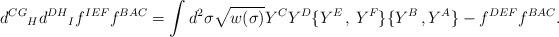
LaTeX: \begin{align*}{d^{CG}}_{H}{d^{DH}}_{I}f^{IEF}f^{BAC}=\int d^{2}\sigma\sqrt{w(\sigma)}Y^{C}Y^{D} \{Y^{E}\,,\,Y^{F}\}\{Y^{B}\,,Y^{A}\} {}-f^{DEF}f^{BAC}.\end{align*}